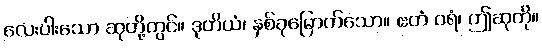
လေးပါးသော ဆုတို့တွင်။ ဒုတိယံ၊ နှစ်ခုမြောက်သော။ ဧတံ ဝရံ၊ ဤဆုကို။